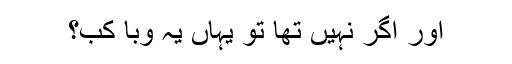
اور اگر نہیں تھا تو یہاں یہ وبا کب؟